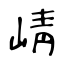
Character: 崝